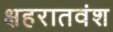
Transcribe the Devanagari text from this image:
क्षहरातवंश